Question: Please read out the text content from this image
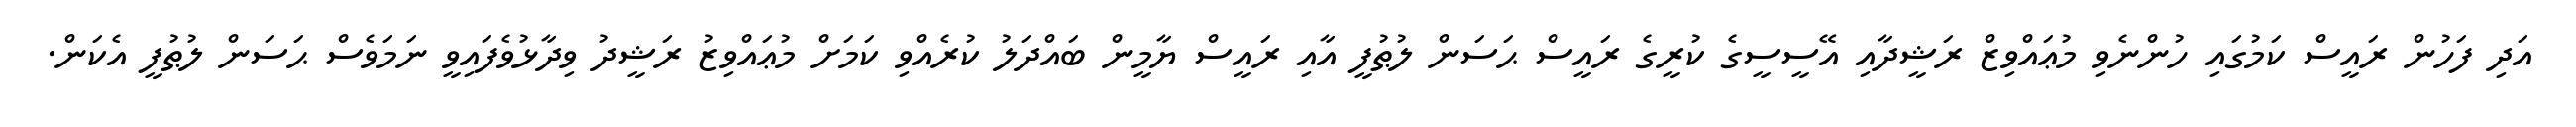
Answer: އަދި ފަހުން ރައީސް ކަމުގައި ހުންނެވި މުޢައްވިޒް ރަޝީދާއި އޭސީސީގެ ކުރީގެ ރައީސް ޙަސަން ލުޠުފީ އާއި ރައީސް ޔާމީން ބައްދަލު ކުރެއްވި ކަމަށް މުޢައްވިޒު ރަޝީދު ވިދާޅުވެފައިވީ ނަމަވެސް ޙަސަން ލުޠުފީ އެކަން.